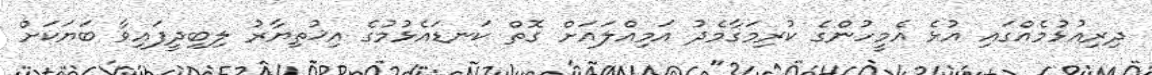
ދިރިއުޅުމެއްގައި އުޅެ އެމީހުންގެ ކުރިމަގާމެދު އަމިއްލައަށް ގޮތް ކަނޑައެޅުމުގެ އިޚުތިޔާރު ލިބިދީފައިވާ ބަޔަކަށް